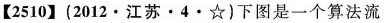
【2510】(2012·江苏·4·☆)下图是一个算法流